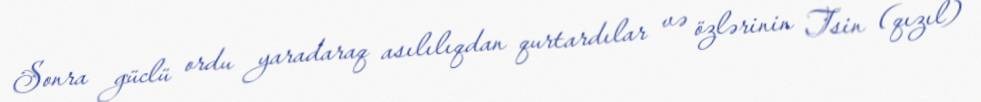
Sonra güclü ordu yaradaraq asılılıqdan qurtardılar və özlərinin Tsin (qızıl)